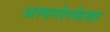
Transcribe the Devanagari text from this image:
आयनोस्फेयर